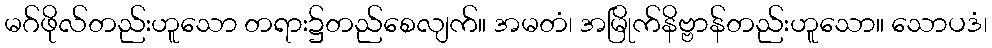
မဂ်ဖိုလ်တည်းဟူသော တရား၌တည်စေလျက်။ အမတံ၊ အမြိုက်နိဗ္ဗာန်တည်းဟူသော။ သောပဒံ၊